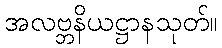
အလဗ္ဘနိယဋ္ဌာနသုတ်။